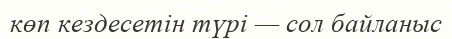
көп кездесетін түрі — сол байланыс